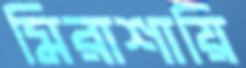
মিরাশায়ি